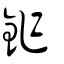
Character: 鈼